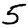
Digit: 5